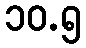
၁၀.၅